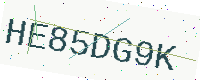
Text: HE85DG9K